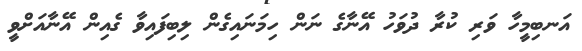
އަނބިމީހާ ވަރި ކުރާ ދުވަހު އޭނާގެ ނަން ހިމަނައިގެން ލިބިފައިވާ ގެއިން އޭނާއަށްވީ